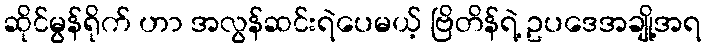
ဆိုင်မွန်ရိုက် ဟာ အလွန်ဆင်းရဲပေမယ့် ဗြိတိန်ရဲ့ ဥပဒေအချို့အရ